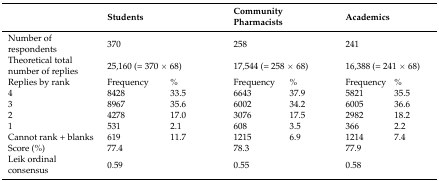
<table><thead><tr><td></td><td colspan="2"><b>Students</b></td><td colspan="2"><b>Community Pharmacists</b></td><td colspan="2"><b>Academics</b></td></tr></thead><tbody><tr><td>Number of respondents</td><td colspan="2">370</td><td colspan="2">258</td><td colspan="2">241</td></tr><tr><td>Theoretical total number of replies</td><td colspan="2">25,160 (= 370 × 68)</td><td colspan="2">17,544 (= 258 × 68)</td><td colspan="2">16,388 (= 241 × 68)</td></tr><tr><td>Replies by rank</td><td>Frequency</td><td>%</td><td>Frequency</td><td>%</td><td>Frequency</td><td>%</td></tr><tr><td>4</td><td>8428</td><td>33.5</td><td>6643</td><td>37.9</td><td>5821</td><td>35.5</td></tr><tr><td>3</td><td>8967</td><td>35.6</td><td>6002</td><td>34.2</td><td>6005</td><td>36.6</td></tr><tr><td>2</td><td>4278</td><td>17.0</td><td>3076</td><td>17.5</td><td>2982</td><td>18.2</td></tr><tr><td>1</td><td>531</td><td>2.1</td><td>608</td><td>3.5</td><td>366</td><td>2.2</td></tr><tr><td>Cannot rank + blanks</td><td>619</td><td>11.7</td><td>1215</td><td>6.9</td><td>1214</td><td>7.4</td></tr><tr><td>Score (%)</td><td colspan="2">77.4</td><td colspan="2">78.3</td><td colspan="2">77.9</td></tr><tr><td>Leik ordinal consensus</td><td colspan="2">0.59</td><td colspan="2">0.55</td><td colspan="2">0.58</td></tr></tbody></table>